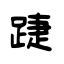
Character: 踕